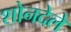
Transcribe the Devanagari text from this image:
शोनदेले